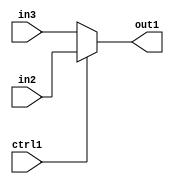
`timescale 1ps / 1ps
/*****************************************************************************
    Verilog RTL Description
    
    
    Created by: Stratus DpOpt 2019.1.01 
*******************************************************************************/

module st_feature_addr_gen_N_Mux_16_2_28_4 (
	in3,
	in2,
	ctrl1,
	out1
	); /* architecture "behavioural" */ 
input [15:0] in3,
	in2;
input  ctrl1;
output [15:0] out1;
wire [15:0] asc001;

reg [15:0] asc001_tmp_0;
assign asc001 = asc001_tmp_0;
always @ (ctrl1 or in2 or in3) begin
	case (ctrl1)
		1'B1 : asc001_tmp_0 = in2 ;
		default : asc001_tmp_0 = in3 ;
	endcase
end

assign out1 = asc001;
endmodule

/* CADENCE  uLb4Sw0= : u9/ySgnWtBlWxVPRXgAZ4Og= ** DO NOT EDIT THIS LINE ******/